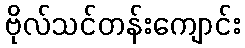
ဗိုလ်သင်တန်းကျောင်း